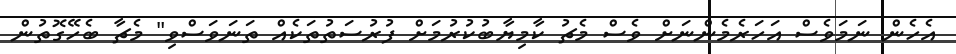
އެހެން ނަމަވެސް އަހަރެމެންނަށް ވެސް މެޗު ކާމިޔާބުކުރުމަށް ފުރުސަތުތަކެއް ތަނަވަސްވި" މެޗާ ބެހޭގޮތުން